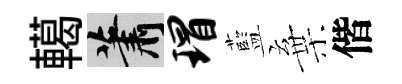
轕蕭瑁藍棄偕